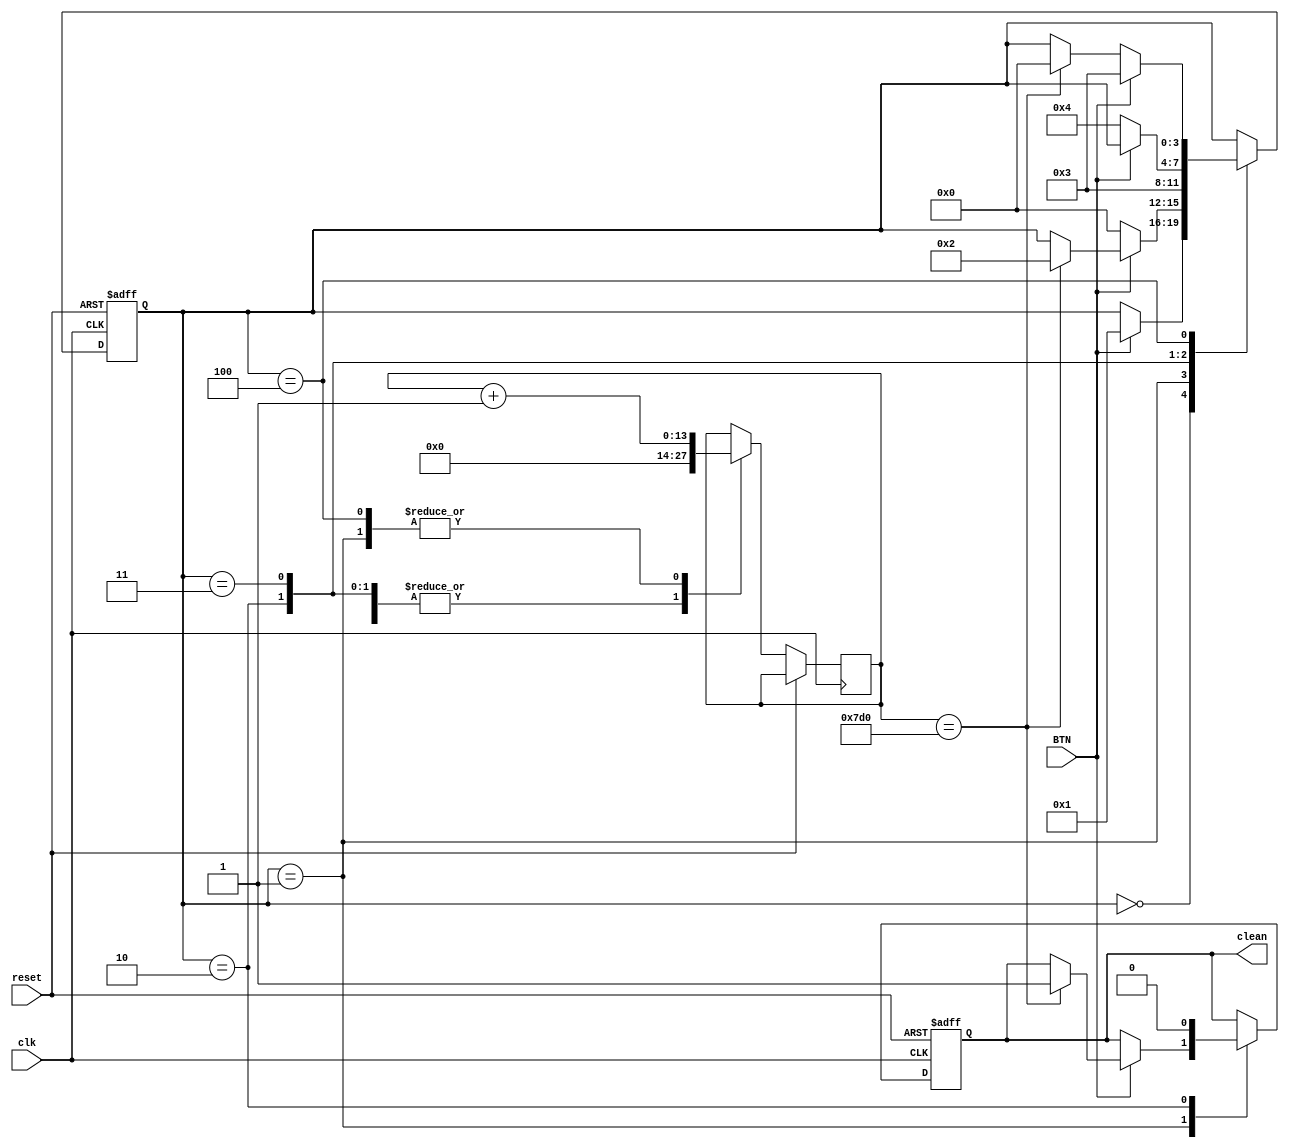
`timescale 1ns / 1ps
//////////////////////////////////////////////////////////////////////////////////
// Company: 
// 
// Design Name: 
// Module Name: button_debouncer
// Project Name: 
// Target Devices: 
// Tool Versions: 
// Description: 
// 
// Dependencies: 
// 
// Revision:
// Revision 0.01 - File Created
// Additional Comments:
// 
//////////////////////////////////////////////////////////////////////////////////


module button_debouncer(
    input clk, //48.8 kHz clock
    input reset, 
    input BTN, 
    output reg clean 
    );
    
    //Figure out proper clocking for this device and adjust counterMAXs accordingly            //TODO
    //Comment using flowChart
    
    localparam counterMAX = 2000; //set to 5 for the testbench--set to 2000 for FPGA
    localparam counterMAX2 = 2000; //set tp 5 for the testbench--set to 2000 for FPGA            //TODO mark in README
    
    reg[13:0] counter; 
    reg[3:0] currentState = 0;                                                                  //TODO change this name and all other repeat names that arent the same thing
    
    always @(posedge clk, posedge reset)
    begin 
    
        if(reset) begin
            clean <= 0;
            currentState <= 4'b0000;
            
        end else begin
            case(currentState)
            
                4'b0000: begin
                    if(BTN) begin
                        currentState <= 4'b0001;
                    end
                    counter <= 14'b00000000000000;
                end
                
                4'b0001: begin
                    if(!BTN) begin
                        currentState <= 4'b0000;
                    end else if(counter == counterMAX) begin
                        clean <= 1; 
                        currentState <= 4'b0010;               
                    end
                    counter <= counter + 14'b00000000000001;
                end
                
                4'b0010: begin
                    currentState <= 4'b0011;
                    clean <= 0;
                    counter <= 14'b00000000000000;
                end
                
                4'b0011: begin
                    if(!BTN) begin
                        currentState <= 4'b0100;
                    end
                    counter <= 14'b00000000000000;
                end
                
                4'b0100: begin
                    if(BTN) begin
                        currentState <= 4'b0011;
                    end else if(counter == counterMAX2) begin
                        currentState <= 4'b0000;
                    end
                    counter <= counter + 14'b00000000000001;
                end
               
            endcase             
        end      
    end  
endmodule